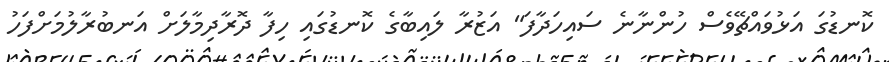
ކޮނޑުގަ އަޅުވައްޗޭވެސް ހުންނާނެ ސައިހަދާފަ" އަޒުރާ ލައިބާގެ ކޮނޑުގައި ހިފާ ދޮރާދިމާލަށް އަނބުރާލުމަށްފަހު